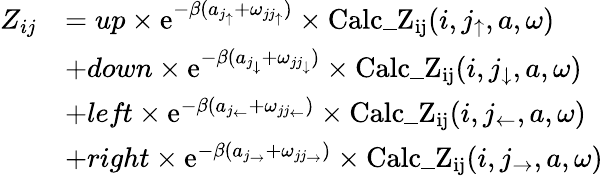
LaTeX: \begin{array}{rl}{Z_{ij}}&{=\textit{up}\times\textnormal{e}^{-\beta(a_{j_{\uparrow}}+\omega_{jj_{\uparrow}})}\times\mathrm{Calc\_ Z_{ij}}(i,j_{\uparrow},a,\omega)}\\ &{+\textit{down}\times\textnormal{e}^{-\beta(a_{j_{\downarrow}}+\omega_{jj_{\downarrow}})}\times\mathrm{Calc\_ Z_{ij}}(i,j_{\downarrow},a,\omega)}\\ &{+\textit{left}\times\textnormal{e}^{-\beta(a_{j_{\leftarrow}}+\omega_{jj_{\leftarrow}})}\times\mathrm{Calc\_ Z_{ij}}(i,j_{\leftarrow},a,\omega)}\\ &{+\textit{right}\times\textnormal{e}^{-\beta(a_{j_{\rightarrow}}+\omega_{jj_{\rightarrow}})}\times\mathrm{Calc\_ Z_{ij}}(i,j_{\rightarrow},a,\omega)}\end{array}